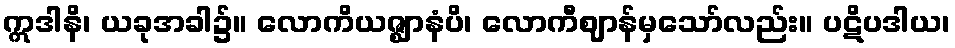
ဣဒါနိ၊ ယခုအခါ၌။ လောကိယဇ္ဈာနံပိ၊ လောကီဈာန်မှသော်လည်း။ ပဋိပဒါယ၊